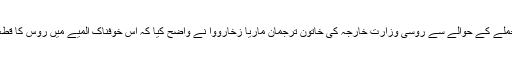
ادلب صوبے کے گاؤں حاس پر حملے کے حوالے سے روسی وزارتِ خارجہ کی خاتون ترجمان ماریا زخارووا نے واضح کیا کہ اِس خوفناک المیے میں روس کا قطعی طور پر کوئی کردار نہیں ہے۔